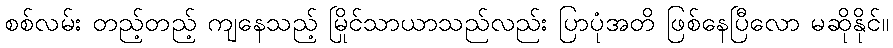
စစ်လမ်း တည့်တည့် ကျနေသည့် မြိုင်သာယာသည်လည်း ပြာပုံအတိ ဖြစ်နေပြီလော မဆိုနိုင်။